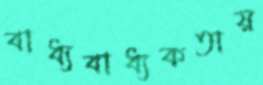
বাধ্যবাধ্যকতায়